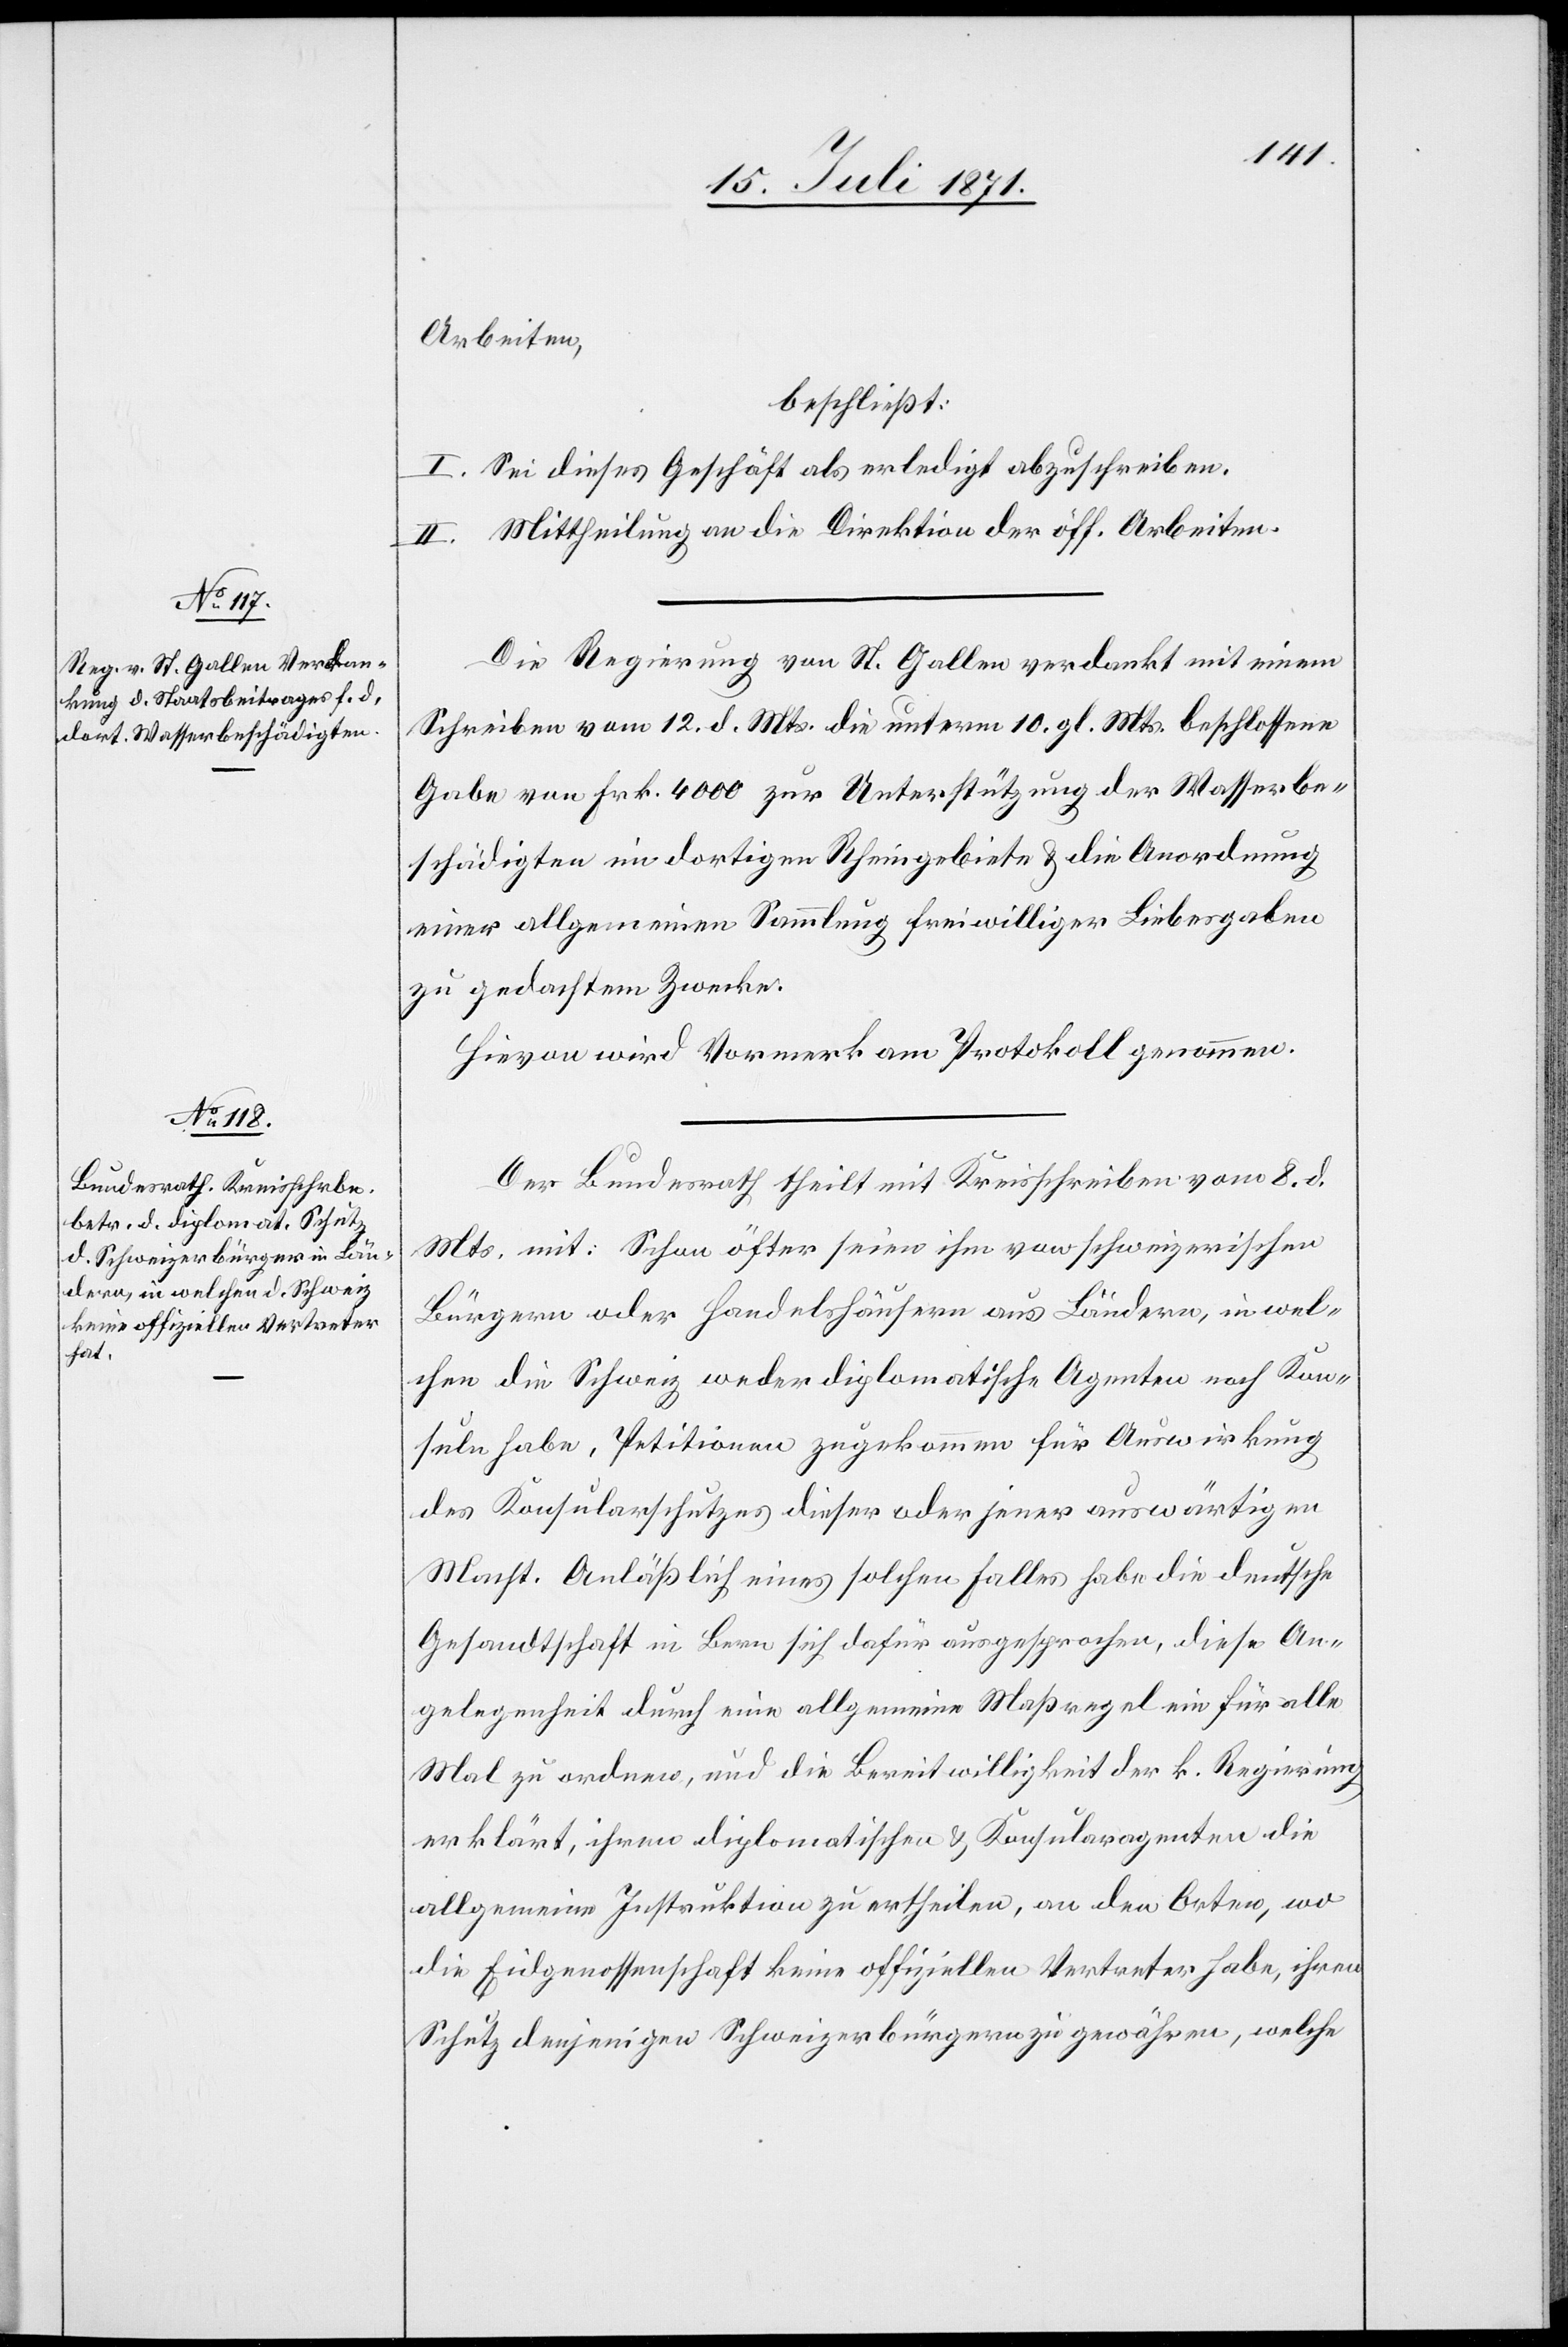
Arbeiten,
beschließt:
I. Sei dieses Geschäft als erledigt abzuschreiben.
II. Mittheilung an die Direktion der öff. Arbeiten.
Die Regierung von St. Gallen verdankt mit einem
Schreiben vom 12. d. Mts. die unterm 10. gl. Mts. beschlossene
Gabe von Frk. 4000 zur Unterstützung der Wasserbe¬
schädigten im dortigen Rheingebiete u. die Anordnung
einer allgemeinen Sammlung freiwilliger Liebesgaben
zu gedachtem Zwecke.
Hievon wird Vormerk am Protokoll genommen.
Der Bundesrath theilt mit Kreisschreiben vom 8. d.
Mts. mit: Schon öfter seien ihm von schweizerischen
Bürgern oder Handelshäusern aus Ländern, in wel¬
chen die Schweiz weder diplomatische Agenten noch Kon¬
suln habe, Petitionen zugekommen für Auswirkung
des Konsularschutzes dieser oder jener auswärtigen
Macht. Anläßlich eines solchen Falles habe die deutsche
Gesandtschaft in Bern sich dafür ausgesprochen, diese An¬
gelegenheit durch eine allgemeine Maßregel ein für alle
Mal zu ordnen, und die Bereitwilligkeit der k. Regierung
erklärt, ihren diplomatischen u. Konsularagenten die
allgemeine Instruktion zu ertheilen, an den Orten, wo
die Eidgenossenschaft keine offiziellen Vertreter habe, ihren
Schutz denjenigen Schweizerbürgern zu gewähren, welche